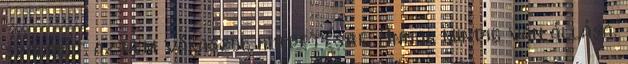
szakmát az nem válaszol hirdetésre. Annak mindig van állása.